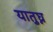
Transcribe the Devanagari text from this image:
यातुघ्न